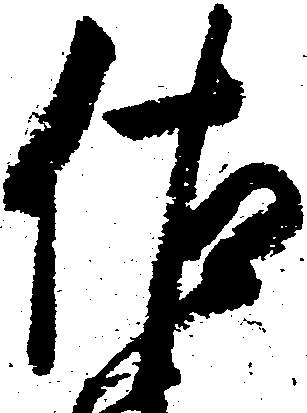
佐